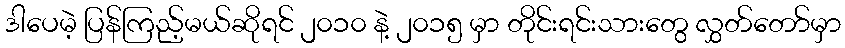
ဒါပေမဲ့ ပြန်ကြည့်မယ်ဆိုရင် ၂၀၁၀ နဲ့ ၂၀၁၅ မှာ တိုင်းရင်းသားတွေ လွှတ်တော်မှာ